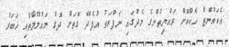
އެކައުންޓް ހެކްކޮށް ރައްޔިތުންގެ މެދުގައި ނަފްރަތު އުފެދޭ ގޮތަށް ދޮގު މައުލޫމާތާއި ޚަބަރު